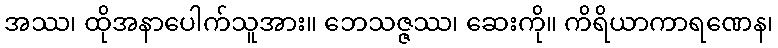
အဿ၊ ထိုအနာပေါက်သူအား။ ဘေသဇ္ဇဿ၊ ဆေးကို။ ကိရိယာကာရဏေန၊